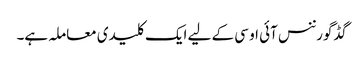
گڈ گورننس آئی او سی کے لیے ایک کلیدی معاملہ ہے۔